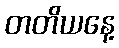
တတိယနေ့